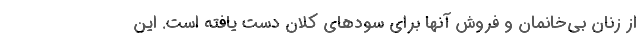
از زنان بی‌خانمان و فروش آنها برای سودهای کلان دست یافته است. این